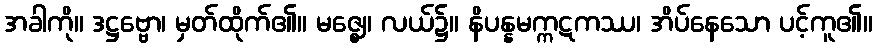
အခါကို။ ဒဋ္ဌဗ္ဗော၊ မှတ်ထိုက်၏။ မဇ္ဈေ၊ လယ်၌။ နိပန္နမက္ကဋကဿ၊ အိပ်နေသော ပင့်ကူ၏။